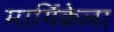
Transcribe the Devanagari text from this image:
मार्गिकेला